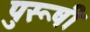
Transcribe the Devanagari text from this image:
पुरूषी